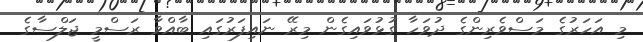
މި އަހަރުގެ މަސްވެރިންގެ ދުވަހާ ގުޅުވައިގެން މިރޭ ނައިފަރުގައި ބާއްވާ ރަސްމީ ޖަލްސާގެ